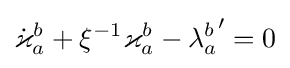
{\dot {\varkappa }}_{a}^{b}+\xi ^{-1}\varkappa _{a}^{b}-{\lambda _{a}^{b}}^{\prime }=0